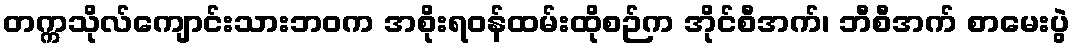
တက္ကသိုလ်ကျောင်းသားဘဝက အစိုးရဝန်ထမ်းထိုစဉ်က အိုင်စီအက်၊ ဘီစီအက် စာမေးပွဲ